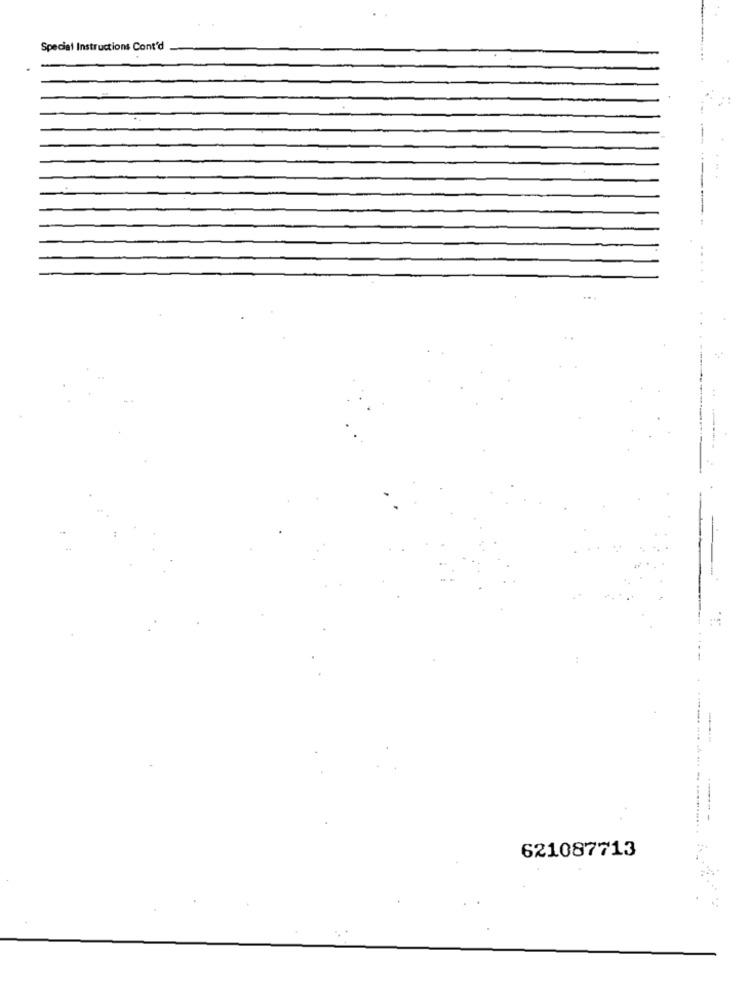
Special Instructions Cont'd
... .... ..... ...... -- --
--
621087713